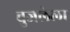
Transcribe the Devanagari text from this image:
बुजलेला